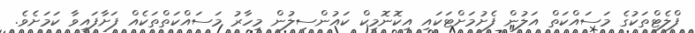
ފްލެޓްތަކުގެ މަސައްކަތް އަލުން ފެށުމަށްޓަކައި އިކޮނޮމިކް ކައުންސިލުން މިހާރު މަސައްކަތްތަކެއް ފަށާފައިވާ ކަމަށެވެ.